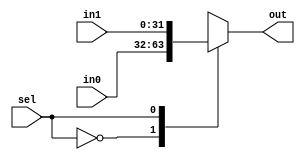
// GNU General Public License
//
// Copyright : (c) 2023-2024 Javier Beiro Pin
//           : (c) 2023-2024 Beatriz Navidad Vilches
//           : (c) 2023-2024 Stefano Petrilli
//
// This file is part of Abejaruco <https:// github.com/Beanavil/Abejaruco>.
//
// Abejaruco is free software: you can redistribute it and/or modify it under
// the terms of the GNU General Public License as published by the Free
// Software Foundation, either version 3 of the License, or (at your option)
// any later version.
//
// Abejaruco is distributed in the hope that it will be useful, but WITHOUT ANY
// WARRANTY; without even the implied warranty of MERCHANTABILITY or FITNESS
// FOR A PARTICULAR PURPOSE. See the GNU General Public License for more details.
//
// You should have received a copy of the GNU General Public License
// along with Abejaruco placed on the LICENSE.md file of the root folder.
// If not, see <https:// www.gnu.org/licenses/>.

module Mux2to1 #(
    parameter N = 32    // Default bit
  )(
    input sel,          // Two-bit selection input
    input [N-1:0] in0,
    input [N-1:0] in1,
    output reg [N-1:0] out
  );

  // When any of the inputs change, the output will be updated
  always @(in0, in1, sel)
  begin
    case(sel)
      1'b0:
        out <= in0;        // Select input in0
      1'b1:
        out <= in1;        // Select input in1
      default:
        out <= {N{1'b0}};  // Default case (N-bit 0)
    endcase
  end
endmodule